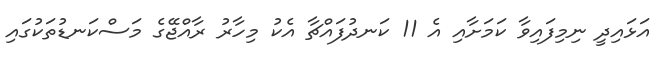
އަޅައިދީ ނިމިފައިވާ ކަމަށާއި އެ 11 ކަނދުފައްޗާ އެކު މިހާރު ރާއްޖޭގެ މަސްކަނޑުތަކުގައި